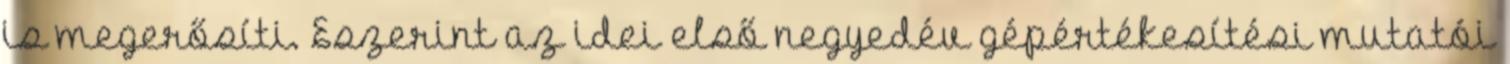
is megerősíti. Eszerint az idei első negyedév gépértékesítési mutatói